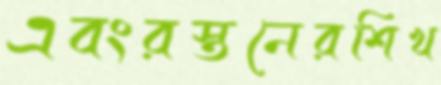
এবংরস্তনেরশিখ